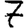
Digit: 7